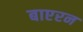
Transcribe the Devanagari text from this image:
बाएरन